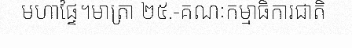
មហាផ្ទៃ។មាត្រា ២៥.-គណៈកម្មាធិការជាតិ